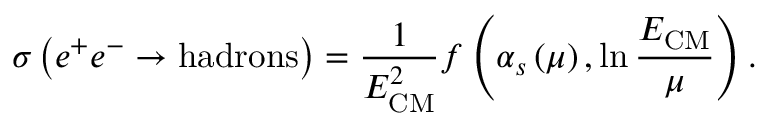
\sigma \left( e ^ { + } e ^ { - } \to \mathrm { h a d r o n s } \right) = { \frac { 1 } { E _ { \mathrm { C M } } ^ { 2 } } } f \left( \alpha _ { s } \left( \mu \right) , \ln { \frac { E _ { \mathrm { C M } } } { \mu } } \right) .